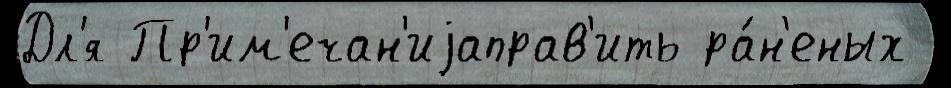
Дл'я Пр'им'ечан'иjаправ'ить ра́н'еных